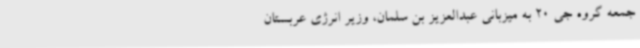
جمعه گروه جی 20 به میزبانی عبدالعزیز بن سلمان، وزیر انرژی عربستان